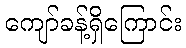
ကျော်ခန့်ရှိကြောင်း